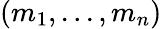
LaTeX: (m_{1},...,m_{n})